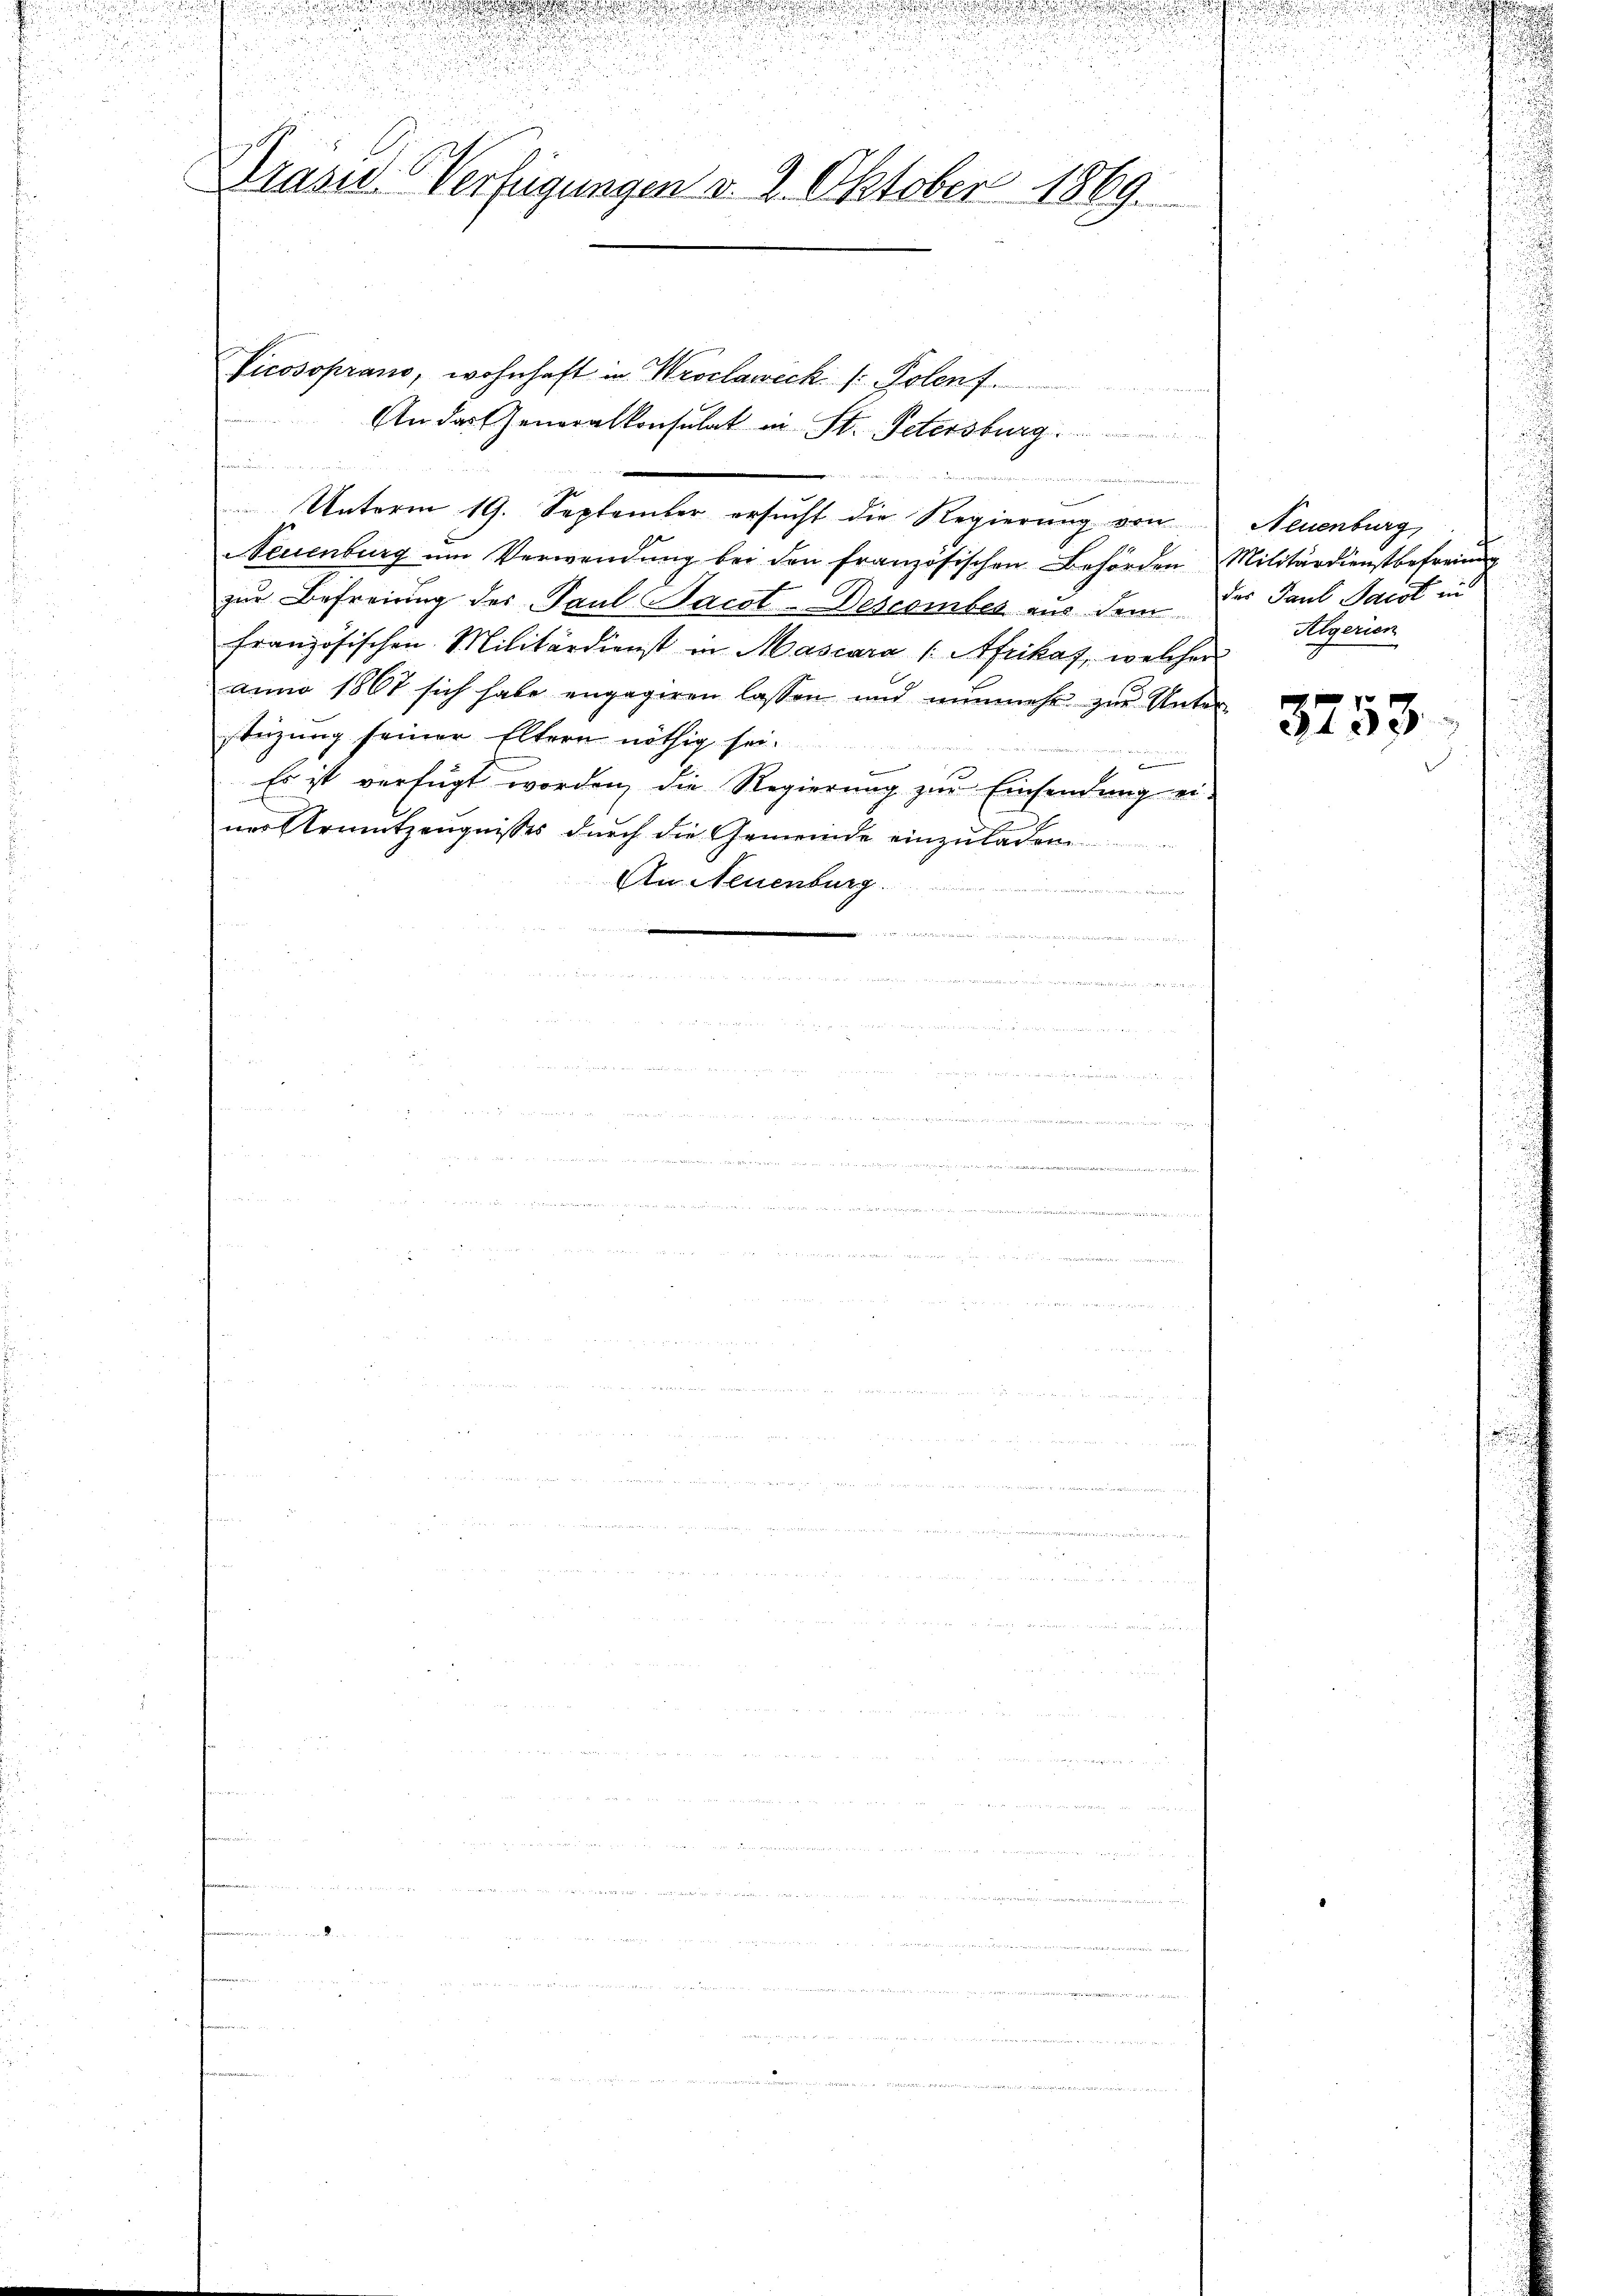
Drasid. Verfügungen v. 2. Oktober 1869.

d

u

Vicosoprano, wohnhaft in Wroclaweck v. Polenf
An das Generalkonsulat in St. Petersburg
e
Unterm 19. September ersucht die Regierung von
Neuenburg ŭm Verwendŭng bei den französischen Behörden Militärdienstbefreiung
zur Befreiung des Paul Pact-Descember aus dem der Paul Jacot in
französischen Militärdienst in Mascara (Afrikas, welcher
anno 1867 sich habe engageren lassen und nunmehr zur Unter
stüzung seiner Eltern nöthig sei.
a
.
e
Es ist verfügt worden, die Regierung zur Einsendung ei-
ner Armutzeugnisses durch die Gemeinde einzŭladen
An Neuenburg.
 die er die in eine

edirten oder an den
et   wenn als und den in

.
i

Neuenburg,
Algerien

3253